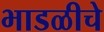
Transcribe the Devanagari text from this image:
भाडळीचे